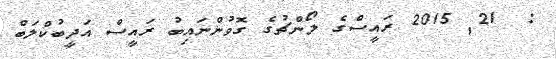
:  21